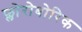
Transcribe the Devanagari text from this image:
फ्लोरोबोरिक